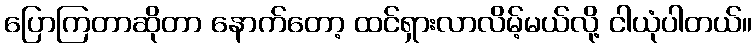
ပြောကြတာဆိုတာ နောက်တော့ ထင်ရှားလာလိမ့်မယ်လို့ ငါယုံပါတယ်။